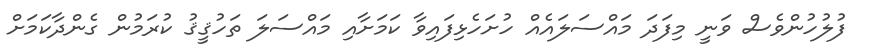
ފުލުހުންވެސް ވަނީ މިފަދަ މައްސަލައެއް ހުށަހެޅިފައިވާ ކަމަށާއި މައްސަލަ ތަހުޤީޤު ކުރަމުން ގެންދާކަމަށް